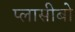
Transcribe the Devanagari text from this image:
प्लासीबो